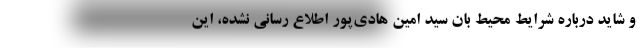
و شاید درباره شرایط محیط بان سید امین هادی‌پور اطلاع رسانی نشده، این